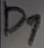
Text: D1